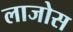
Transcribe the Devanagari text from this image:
लाजोस